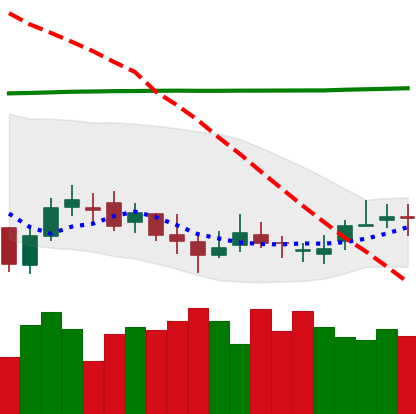
Ticker: DOGE-USD
Chart end date: 2020-10-12
Forward return: -3.442%
Label: down_3_5